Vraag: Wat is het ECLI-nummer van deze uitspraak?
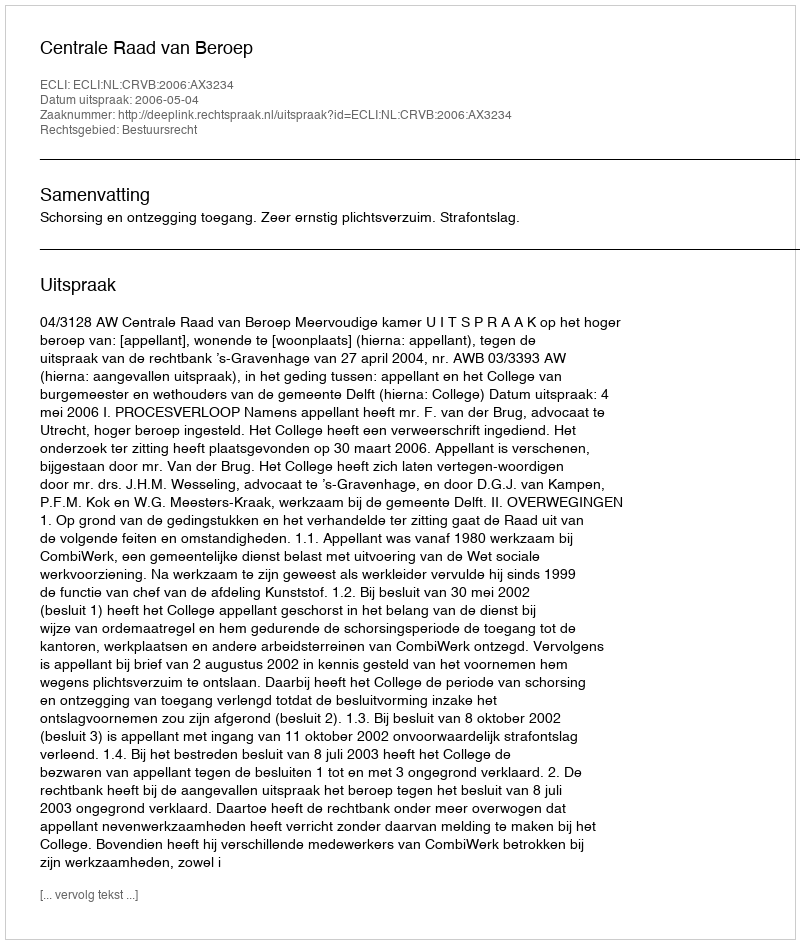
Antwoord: ECLI:NL:CRVB:2006:AX3234